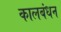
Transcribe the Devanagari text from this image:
कालबंधन